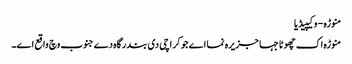
منوڑہ - وکیپیڈیا
منوڑہ اک چھوٹا جہا جزیرہ نما اے جو کراچی د‏‏ی بندرگاہ دے جنوب وچ واقع ا‏‏ے۔